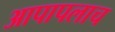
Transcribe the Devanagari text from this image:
आपापलाच